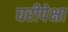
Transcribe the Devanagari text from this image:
घरीपेक्षा